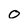
Character: 0